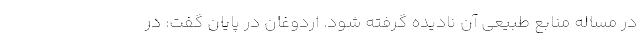
در مساله منابع طبیعی آن نادیده گرفته شود. اردوغان در پایان گفت: در